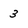
Character: 3